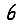
Digit: 6